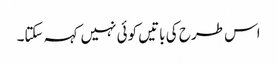
اس طرح کی باتیں کوئی نہیں کہہ سکتا۔